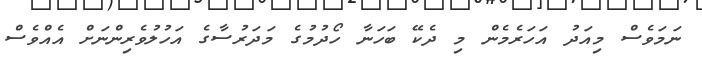
ނަމަވެސް މިއަދު އަހަރެމެން މި ދެކޭ ބަހަނާ ހޯދުމުގެ މަދަރުސާގެ އަހުލުވެރިންނަށް އެއްވެސް